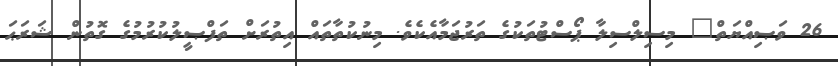
26 ވަޞިއްޔަތް" މިސިލްސިލާ ޕޯސްޓުތަކުގެ ތަރުޖަމާއެކެވެ. މިނުކުތާތައް އިތުރަށް ތަފްޞީލުކުރުމުގެ ގޮތުން ޝަރަޙަ